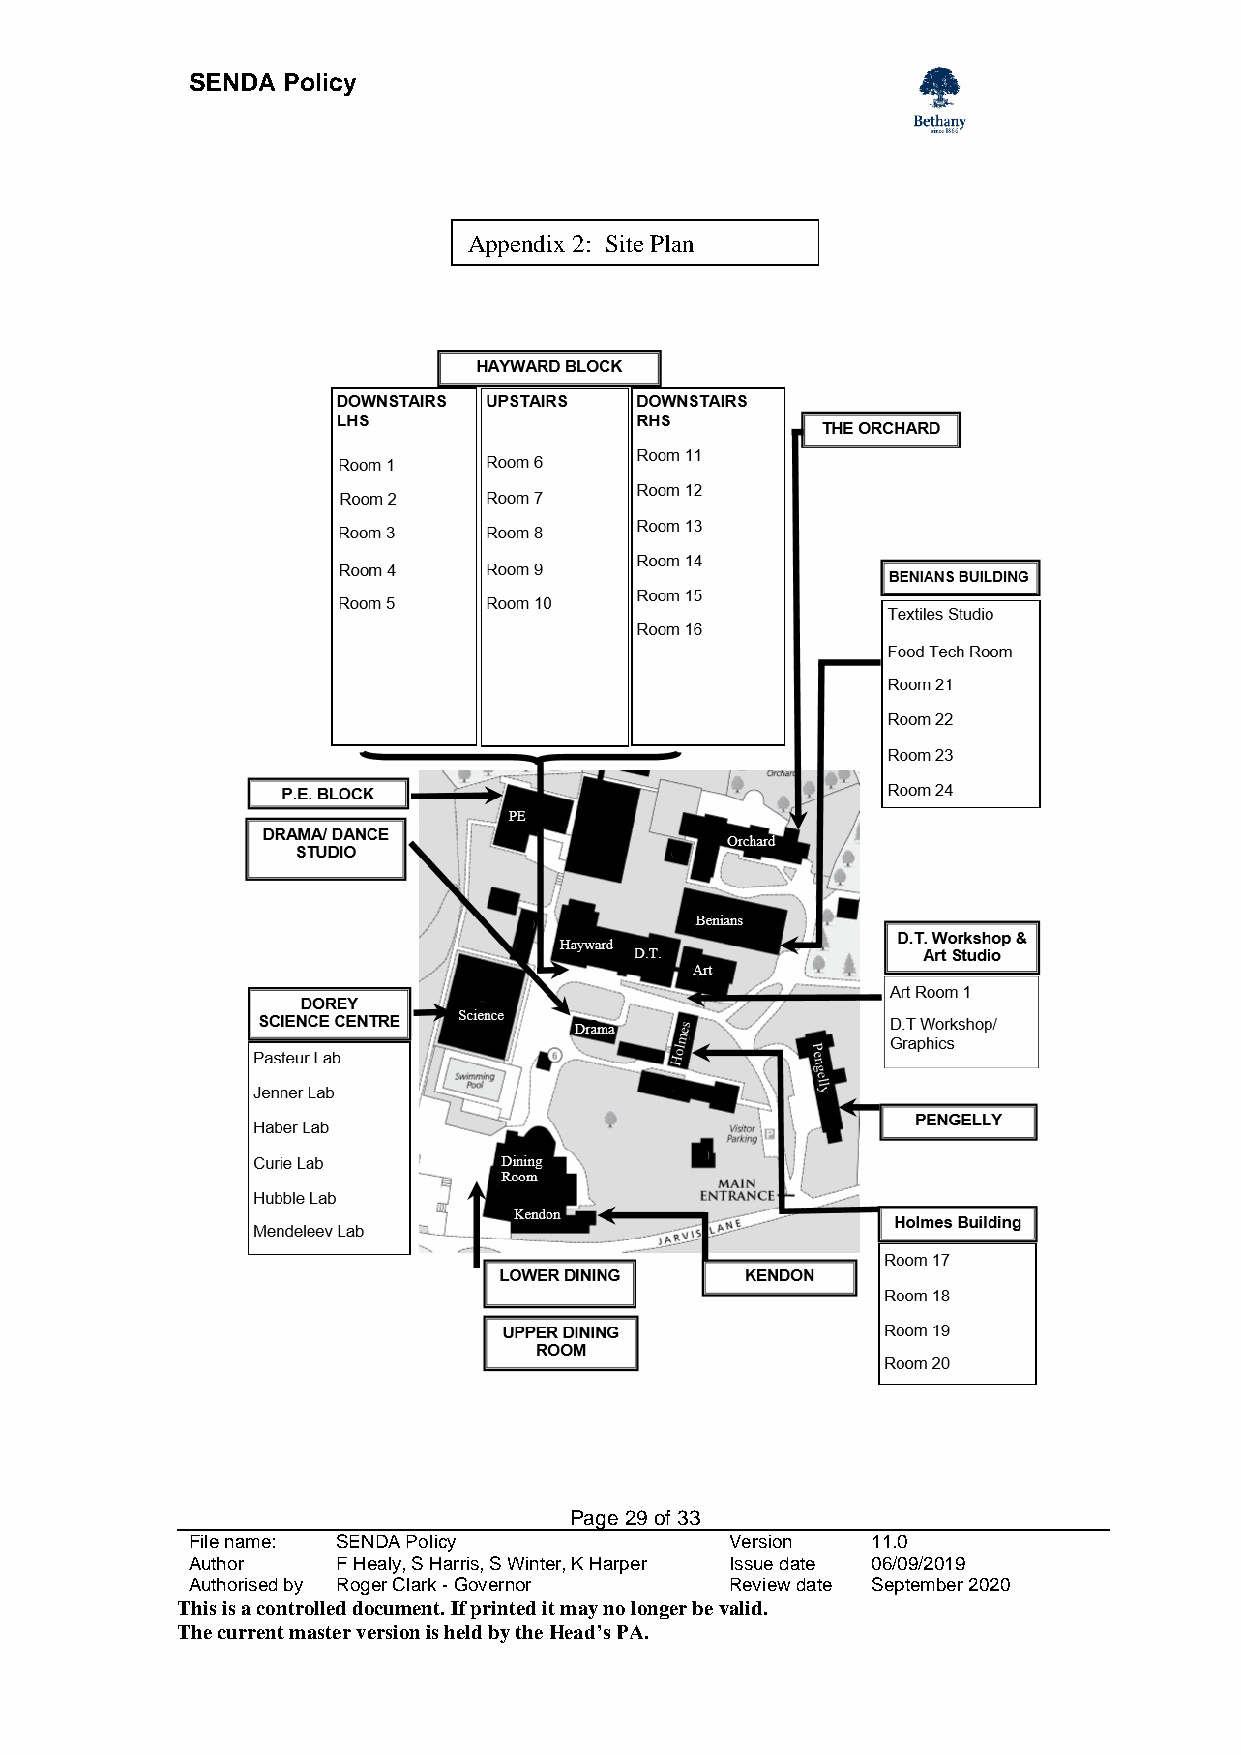
SENDA  Policy
 Appendix 2: Site Plan
 Page 29 of 33
 File name: SENDA Policy             Version   11.0
 Author    F Healy, S Harris, S Winter, K Harper Issue date 06/09/2019
 Authorised by Roger Clark - Governor Review date September 2020
 This is a controlled document. If printed it may no longer be valid.
 The current master version is held by the Head’s PA.